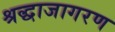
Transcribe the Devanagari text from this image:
श्रद्धाजागरण